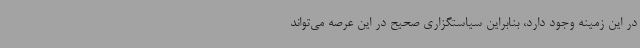
در این زمینه وجود دارد، بنابراین سیاستگزاری صحیح در این عرصه می‌تواند